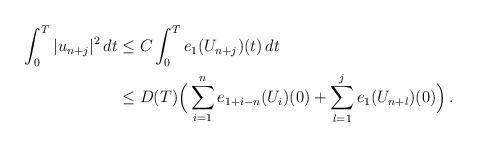
LaTeX: \begin{align*}\int_0^T |u_{n+j}|^2 \,dt &\le C \int_0^T e_1(U_{n+j})(t)\,dt \\&\le D(T) \Big(\sum_{i=1}^n e_{1+i-n}(U_i)(0) + \sum_{l=1}^j e_1(U_{n+l})(0)\Big)\,.\end{align*}